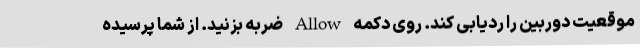
موقعیت دوربین را ردیابی کند. روی دکمه Allow ضربه بزنید. از شما پرسیده